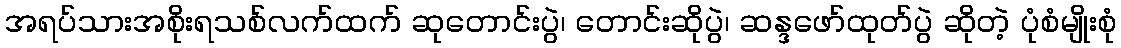
အရပ်သားအစိုးရသစ်လက်ထက် ဆုတောင်းပွဲ၊ တောင်းဆိုပွဲ၊ ဆန္ဒဖော်ထုတ်ပွဲ ဆိုတဲ့ ပုံစံမျိုးစုံ